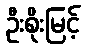
ဦးစိုးမြင့်